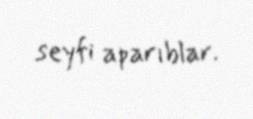
seyfi aparıblar.